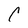
Character: C